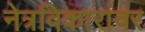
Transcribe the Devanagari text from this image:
नेत्रविकारांवर